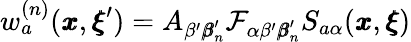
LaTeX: w_{a}^{(n)}({\pmb x},{\pmb\xi}^{\prime})=A_{\beta^{\prime}{\pmb\beta}_{n}^{\prime}}{\mathcal{F}_{\alpha\beta^{\prime}{\pmb\beta}_{n}^{\prime}}S_{a\alpha}({\pmb x},{\pmb\xi})}